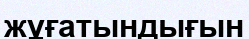
жұғатындығын